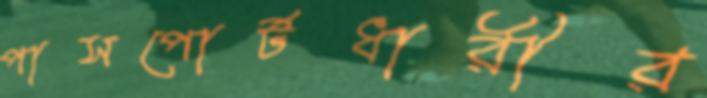
পাসপোর্টধারীর